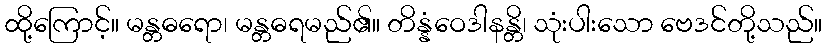
ထို့ကြောင့်။ မန္တဓရော၊ မန္တဓရမည်၏။ တိန္နံဝေဒါနန္တိ၊ သုံးပါးသော ဗေဒင်တို့သည်။